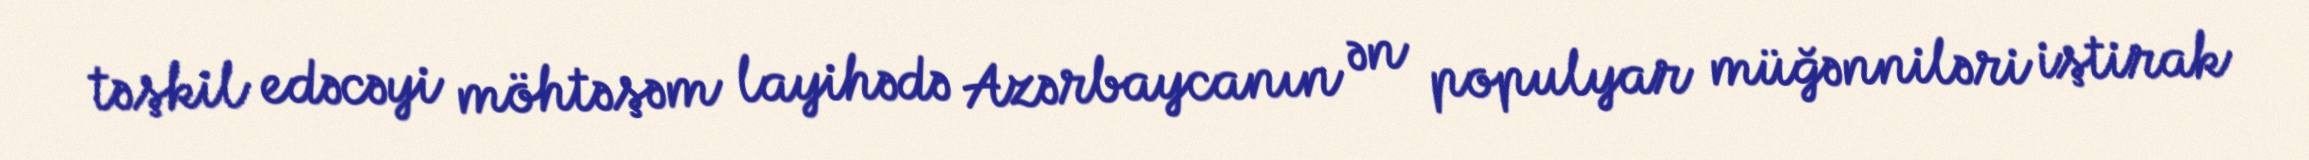
təşkil edəcəyi möhtəşəm layihədə Azərbaycanın ən populyar müğənniləri iştirak